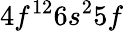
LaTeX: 4f^{12}6s^{2}5f